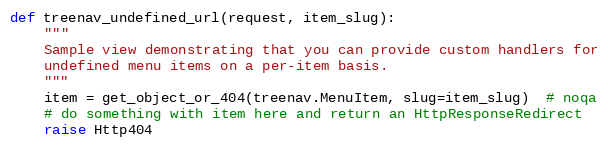
Language: Python
def treenav_undefined_url(request, item_slug):
    """
    Sample view demonstrating that you can provide custom handlers for
    undefined menu items on a per-item basis.
    """
    item = get_object_or_404(treenav.MenuItem, slug=item_slug)  # noqa
    # do something with item here and return an HttpResponseRedirect
    raise Http404